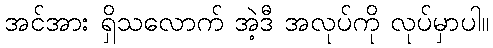
အင်အား ရှိသလောက် အဲ့ဒီ အလုပ်ကို လုပ်မှာပါ။